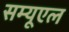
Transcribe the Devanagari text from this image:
सम्यूएल